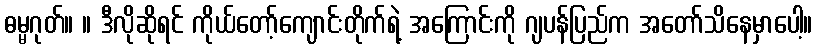
ဓမ္မဂုတ်။ ။ ဒီလိုဆိုရင် ကိုယ်တော့်ကျောင်းတိုက်ရဲ့ အကြောင်းကို ဂျပန်ပြည်က အတော်သိနေမှာပေါ့။